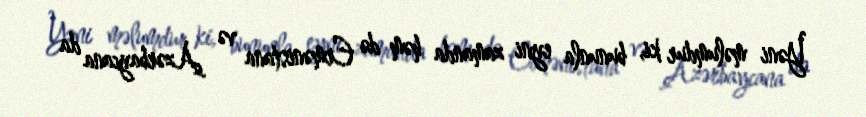
Yəni məlumdur ki, bununla eyni zamanda həm də Ermənistana və Azərbaycana da